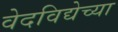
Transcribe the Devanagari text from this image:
वेदविद्येच्या